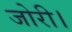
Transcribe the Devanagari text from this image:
जोरी।